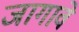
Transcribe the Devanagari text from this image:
जागावे